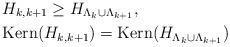
LaTeX: \begin{align*}&H_{k,k+1}\geq H_{\Lambda_k\cup\Lambda_{k+1}},\\&\textnormal{Kern}(H_{k,k+1})=\textnormal{Kern}(H_{\Lambda_k\cup\Lambda_{k+1}})\end{align*}